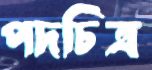
পদচিত্র